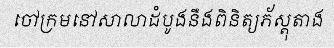
ចៅក្រមនៅសាលាដំបូងនឹងពិនិត្យភ័ស្តុតាង